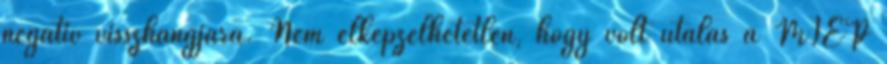
negatív visszhangjára. Nem elképzelhetetlen, hogy volt utalás a MIÉP